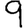
Digit: 9